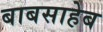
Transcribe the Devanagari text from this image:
बाबसाहेब